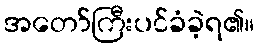
အတော်ကြီးပင်ခံခဲ့ရ၏။